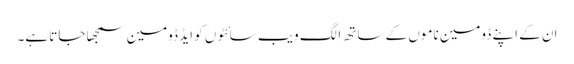
ان کے اپنے ڈومین ناموں کے ساتھ الگ ویب سائٹوں کو ایڈ ڈومین سمجھا جاتا ہے۔